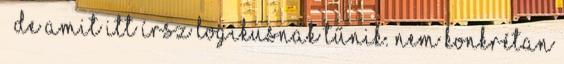
de amit itt írsz logikusnak tűnik. Nem konkrétan